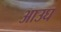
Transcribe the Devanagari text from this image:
आउघ